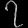
Digit: ၇